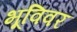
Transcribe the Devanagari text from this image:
भूविवर